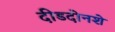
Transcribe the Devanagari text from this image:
दीडदोनशे